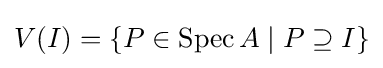
V(I)=\{P\in \operatorname {Spec} A\mid P\supseteq I\}